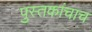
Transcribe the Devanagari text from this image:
पुस्तकांचाच